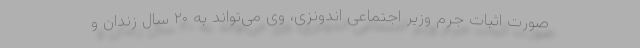
صورت اثبات جرم وزیر اجتماعی اندونزی، وی می‌تواند به ۲۰ سال زندان و